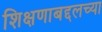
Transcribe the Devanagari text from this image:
शिक्षणाबद्दलच्या